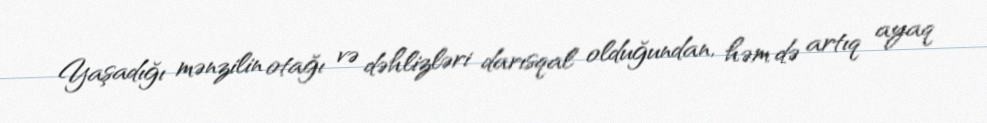
Yaşadığı mənzilin otağı və dəhlizləri darısqal olduğundan, həm də artıq ayaq